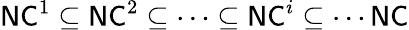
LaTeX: {\mathsf{NC}}^{1}\subseteq{\mathsf{NC}}^{2}\subseteq\cdots\subseteq{\mathsf{NC}}^{i}\subseteq\cdots{\mathsf{NC}}